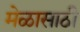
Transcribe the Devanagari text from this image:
मेळासाठी